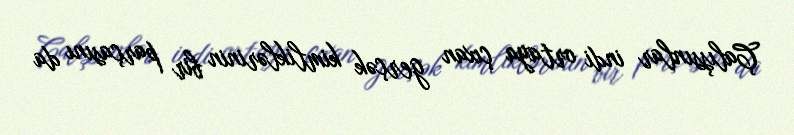
Çalışsınlar indi ortaya çıxan gerçək kimliklərinin bir parçasını da